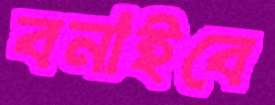
বনাইবে